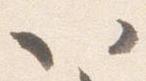
以